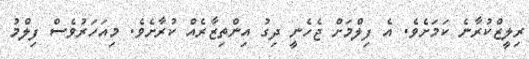
ރިލީޒްކުރާނެ ކަމަށެވެ. އެ ފިލްމަށް ޖެހެނީ ދިގު އިންތިޒާރެއް ކުރާށެވެ. މިއަހަރުވެސް ފިލްމު